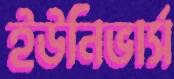
ইউনিভার্স